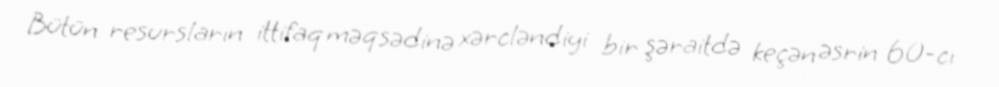
Bütün resursların ittifaq məqsədinə xərcləndiyi bir şəraitdə keçən əsrin 60-cı